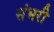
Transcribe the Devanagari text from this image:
संभरी